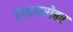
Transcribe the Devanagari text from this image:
रेखाबरोबर